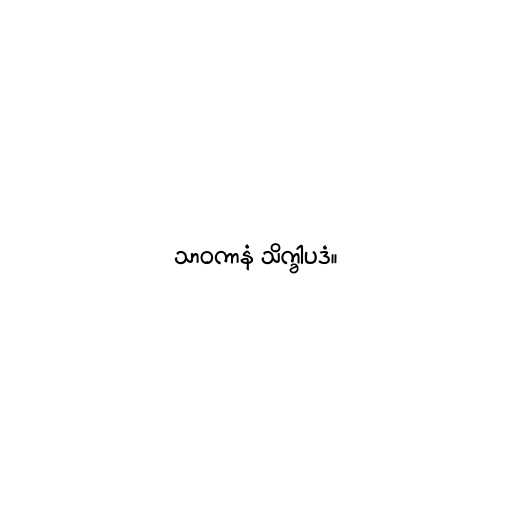
သာဝကာနံ သိက္ခါပဒံ။